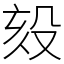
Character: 㱾